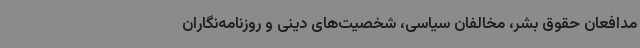
مدافعان حقوق بشر، مخالفان سیاسی، شخصیت‌های دینی و روزنامه‌نگاران